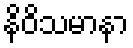
နိဝိသမာနာ